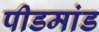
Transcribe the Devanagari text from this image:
पीडमांड